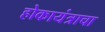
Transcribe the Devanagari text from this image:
होकायंत्राचा